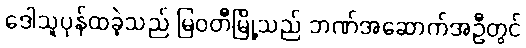
ဒေါသူပုန်ထခဲ့သည် မြဝတီမြို့သည် ဘဏ်အဆောက်အဦတွင်